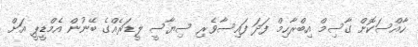
ހާއްސަކޮށް ގާސިމް އިބްރާހިމް ފަދަ ފައިސާވެރި ސިޔާސީ ލީޑަރެއްގެ ބޭނުން އެމްޑީޕީ އަށް